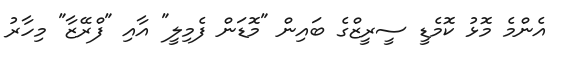
އެންމެ މޮޅު ކޮމެޑީ ސީރީޒްގެ ބައިން "މޮޑަން ފެމިލީ" އާއި "ފްރޭޒާ" މިހާރު